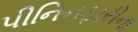
પીનિનફારીના